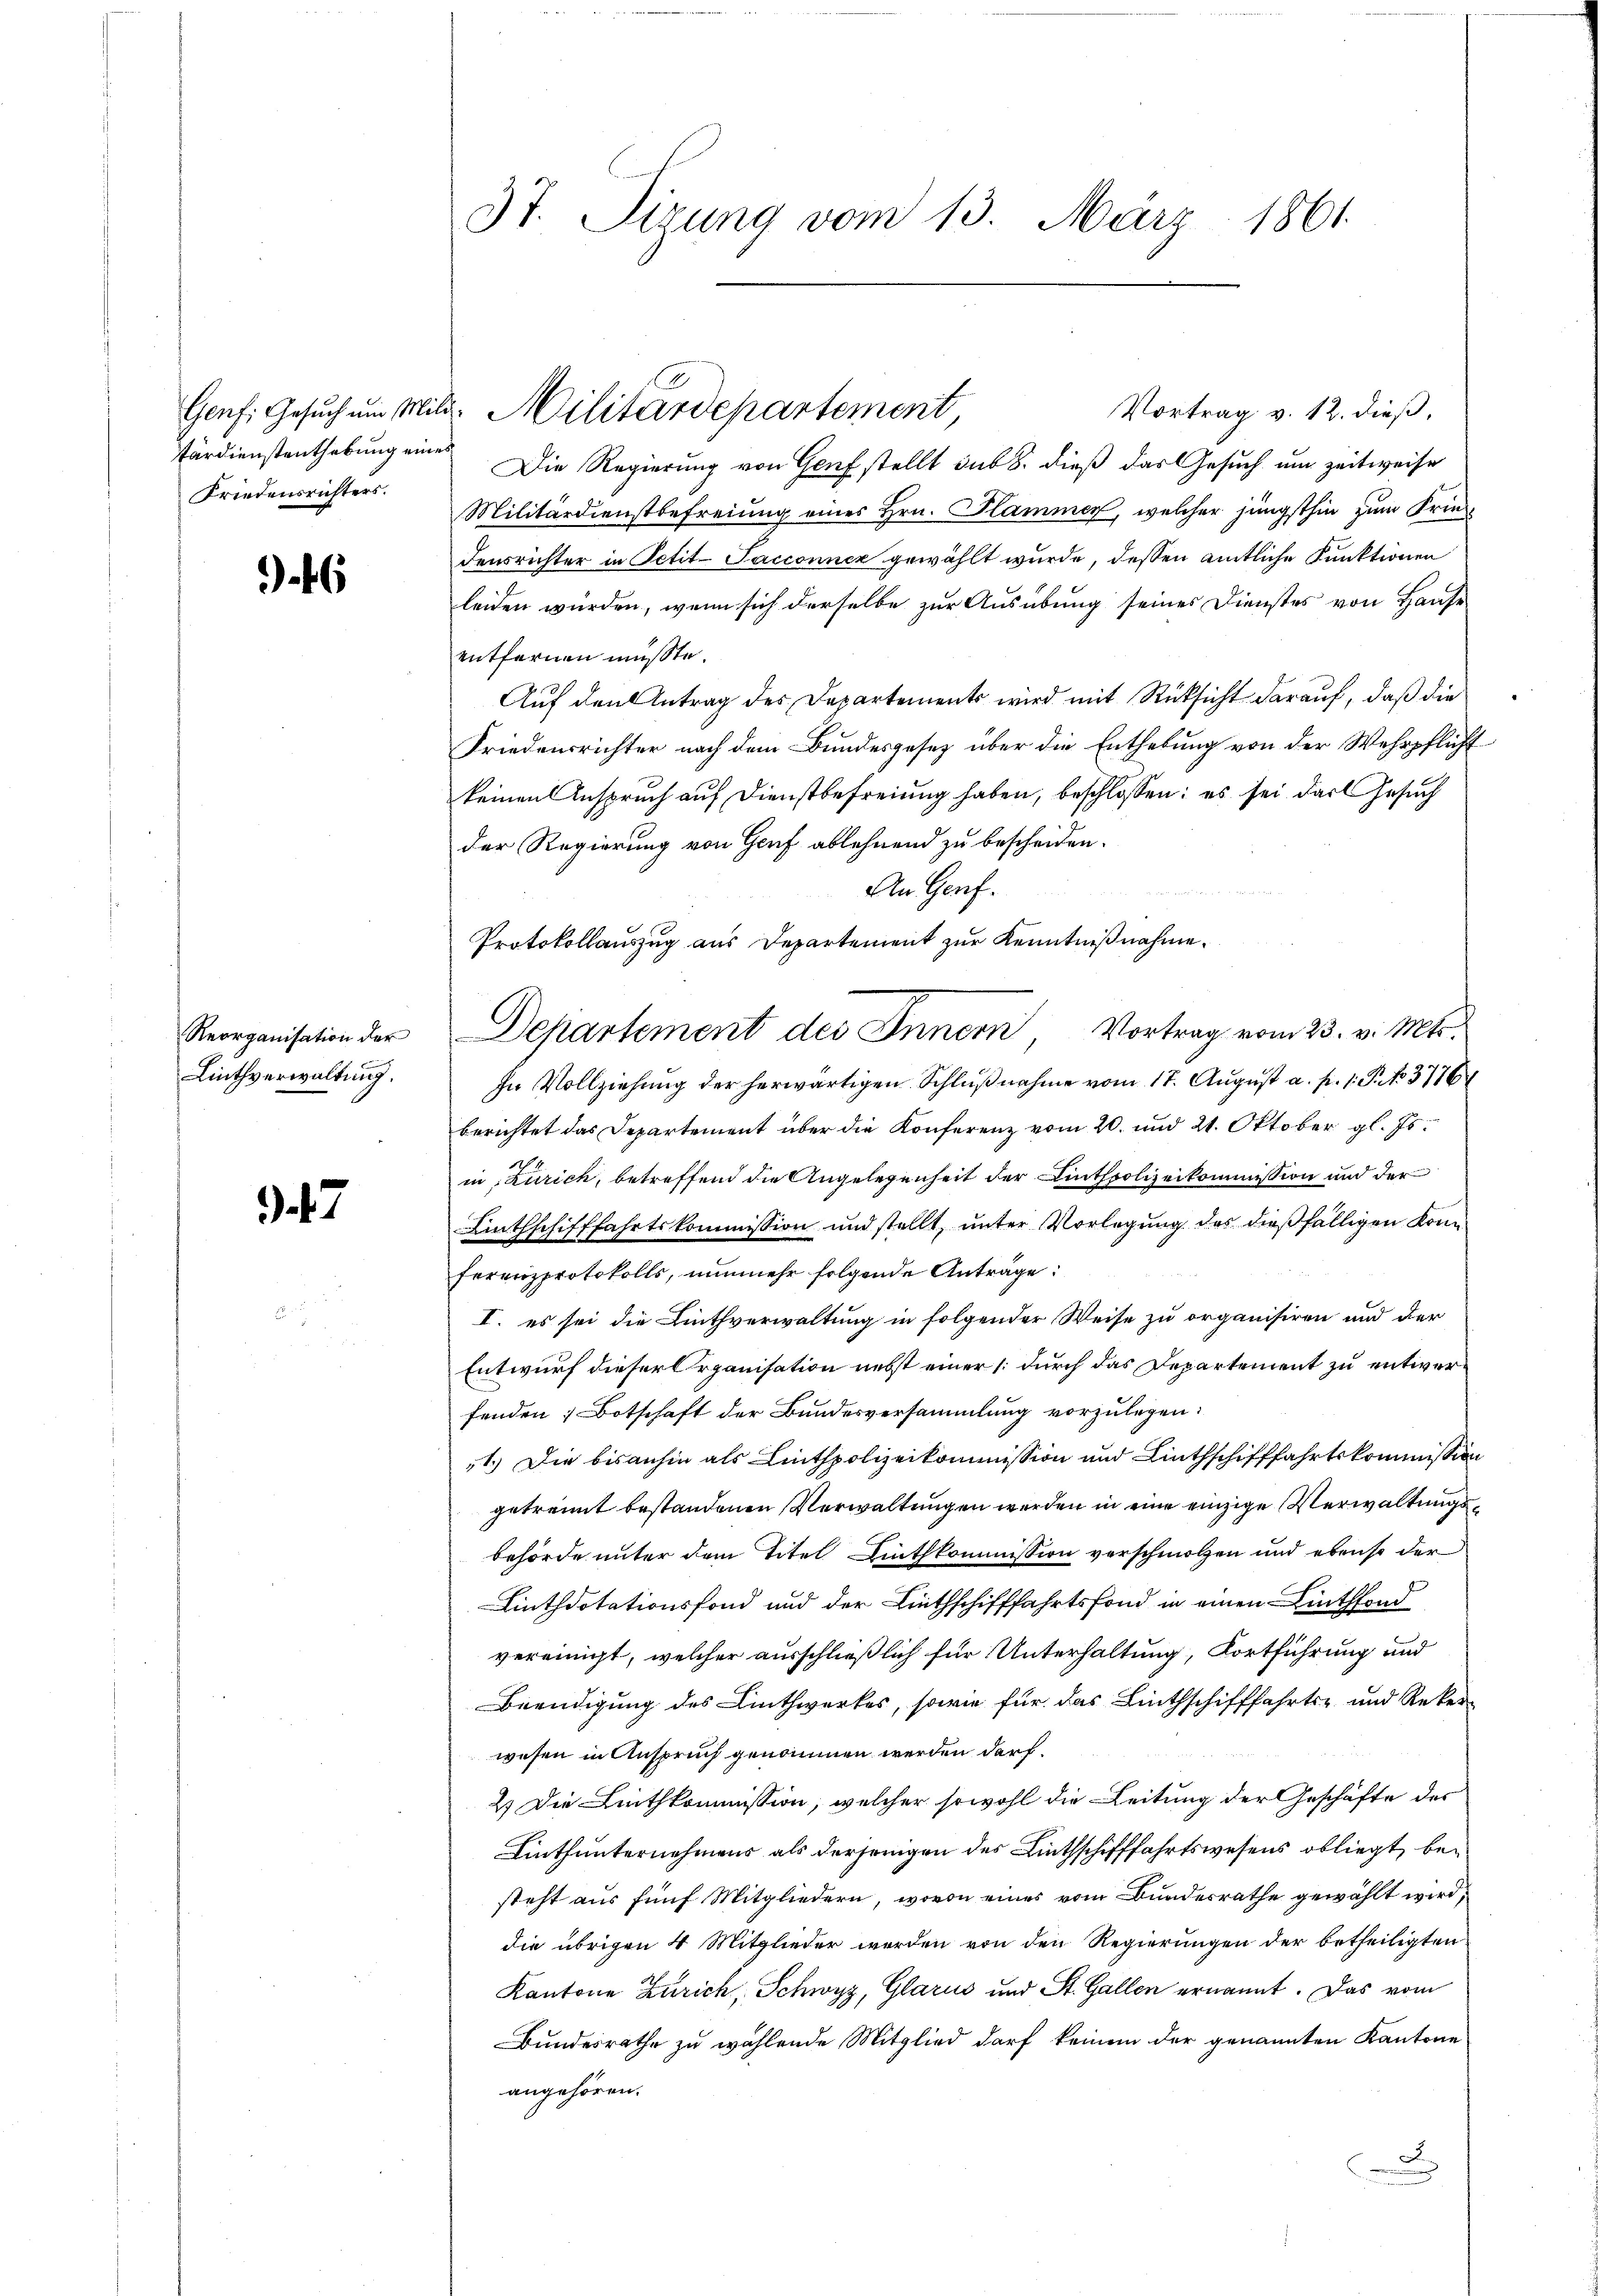
tärdienstenthebung eines
Friedensrichters.

6

Linthverwaltung.

47

3t. Sizung vom 13. März 1861.

Vortrag v. 12. dieß,
Die Regierung von Genf stellt sub 8. dieß das Gesuch um zeitweise
Militärdienstbefreiung eines Hrn. Hammer, welcher jüngsthin zum Friedensrichter in Petit-Sacconner gewählt wurde, dessen amtliche Punktionen
leiden würden, wenn sich derselbe zur Ausübung seines Dienstes von Hause
entfernen müsste.
Auf den Antrag des Departements wird mit Rücksicht darauf, daß die
Friedensrichter nach dem Bundesgesetz über die Enthebung von der Wehrpflicht
keinen Anspruch auf Dienstbefreiung haben, beschlossen: es sei das Gesuch
der Regierung von Genf ablehnend zu bescheiden.
An Genf.
Protokollauszug aus Departement zur Kenntnißnahme.
In Vollziehung der herwärtigen Schlußnahme vom 17. August a. p. 1. P. No. 3776
berichtet das Departement über die Konferenz vom 20. und 21. Oktober gl. Js.
in zurich, betreffend die Angelegenheit der Linthpolizeikommission und der
Linthschifffahrtskommission und stellt, unter Vorlegung des dießfälligen Konferenzprotokolls, nunmehr folgende Antrage:
I. es sei die Linthverwaltung in folgender Weise zu organisiren und der
Entwurf dieser Organisation nebst einer /: durch das Departement zu entwerfenden Botschaft der Bundesversammlung vorzulegen.
1.) Die bisanhin als Linthpolizeikommission und Linthschifffahrtskommission
getrennt bestandenen Verwaltungen werden in eine einzige Verwaltungsbehörde unter dem Titel Linthkommission verschmolzen und ebenso der
Linthdotationsfond und der Linthschifffahrtsfond in einen Linthfond
vereinigt, welcher ausschließlich für Unterhaltung, Fortführung und
Beendigung des Linthwerkes, sowie für das Linthschifffahrts- und Reker-
wesen in Anspruch genommen werden darf.
2) Die Linthkommission, welcher sowohl die Leitung der Geschäfte des
Linthunternehmens als derjenigen des Linthschifffahrtswesens obliegt, besteht aus fünf Mitgliedern, wovon eines vom Bundesrathe gewählt wird,
die übrigen 4 Mitglieder werden von den Regierungen der betheiligten
Kantone Zürich, Schwyz, Glarus und St. Gallen ernannt. Das vom
Bundesrathe zu wählende Mitglied darf keinem der genannten Kantone
angehören.
x

Genf. Gesuch um Mitt. Militärdepartement,

Reorganisation der Departement des Innern, Vortrag vom 23. v. Mts.